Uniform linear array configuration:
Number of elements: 16
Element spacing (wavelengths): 0.75
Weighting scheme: hamming
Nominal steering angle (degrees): -45
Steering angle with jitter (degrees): -45.447
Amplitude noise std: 0.05
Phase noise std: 0.05

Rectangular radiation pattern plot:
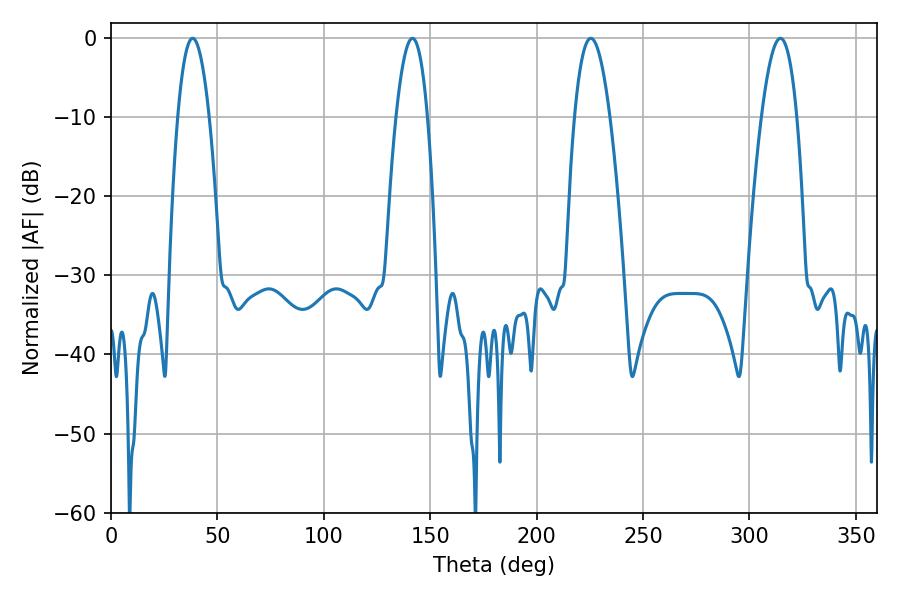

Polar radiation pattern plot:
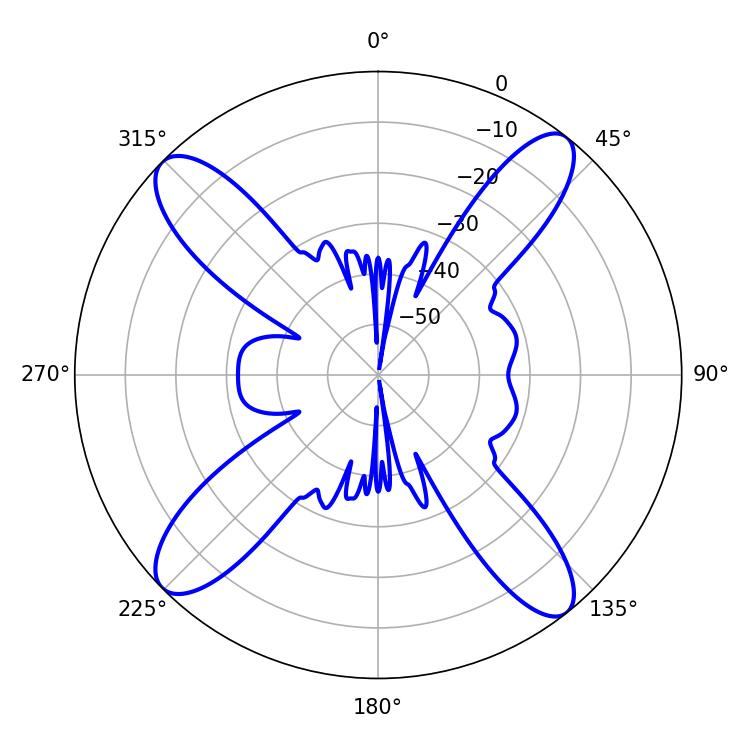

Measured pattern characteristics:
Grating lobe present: TRUE
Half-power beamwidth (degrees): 8.1
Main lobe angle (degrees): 38.34